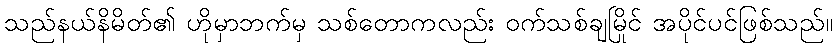
သည်နယ်နိမိတ်၏ ဟိုမှာဘက်မှ သစ်တောကလည်း ဝက်သစ်ချမြိုင် အပိုင်ပင်ဖြစ်သည်။